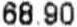
68.90